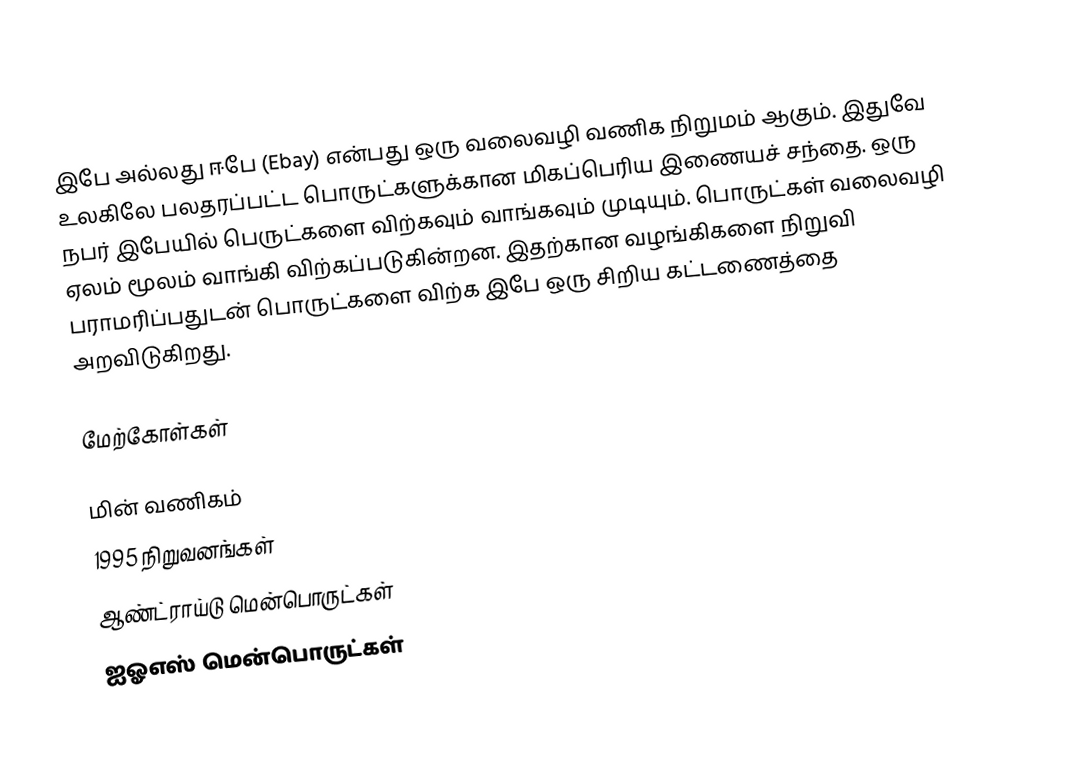
இபே அல்லது ஈபே (Ebay) என்பது ஒரு வலைவழி வணிக நிறுமம் ஆகும். இதுவே உலகிலே பலதரப்பட்ட பொருட்களுக்கான மிகப்பெரிய இணையச் சந்தை.  ஒரு நபர் இபேயில் பெருட்களை விற்கவும் வாங்கவும் முடியும்.  பொருட்கள் வலைவழி ஏலம் மூலம் வாங்கி விற்கப்படுகின்றன.  இதற்கான வழங்கிகளை நிறுவி பராமரிப்பதுடன் பொருட்களை விற்க இபே ஒரு சிறிய கட்டணைத்தை அறவிடுகிறது.

மேற்கோள்கள்

மின் வணிகம்
1995 நிறுவனங்கள்
ஆண்ட்ராய்டு மென்பொருட்கள்
ஐஓஎஸ் மென்பொருட்கள்